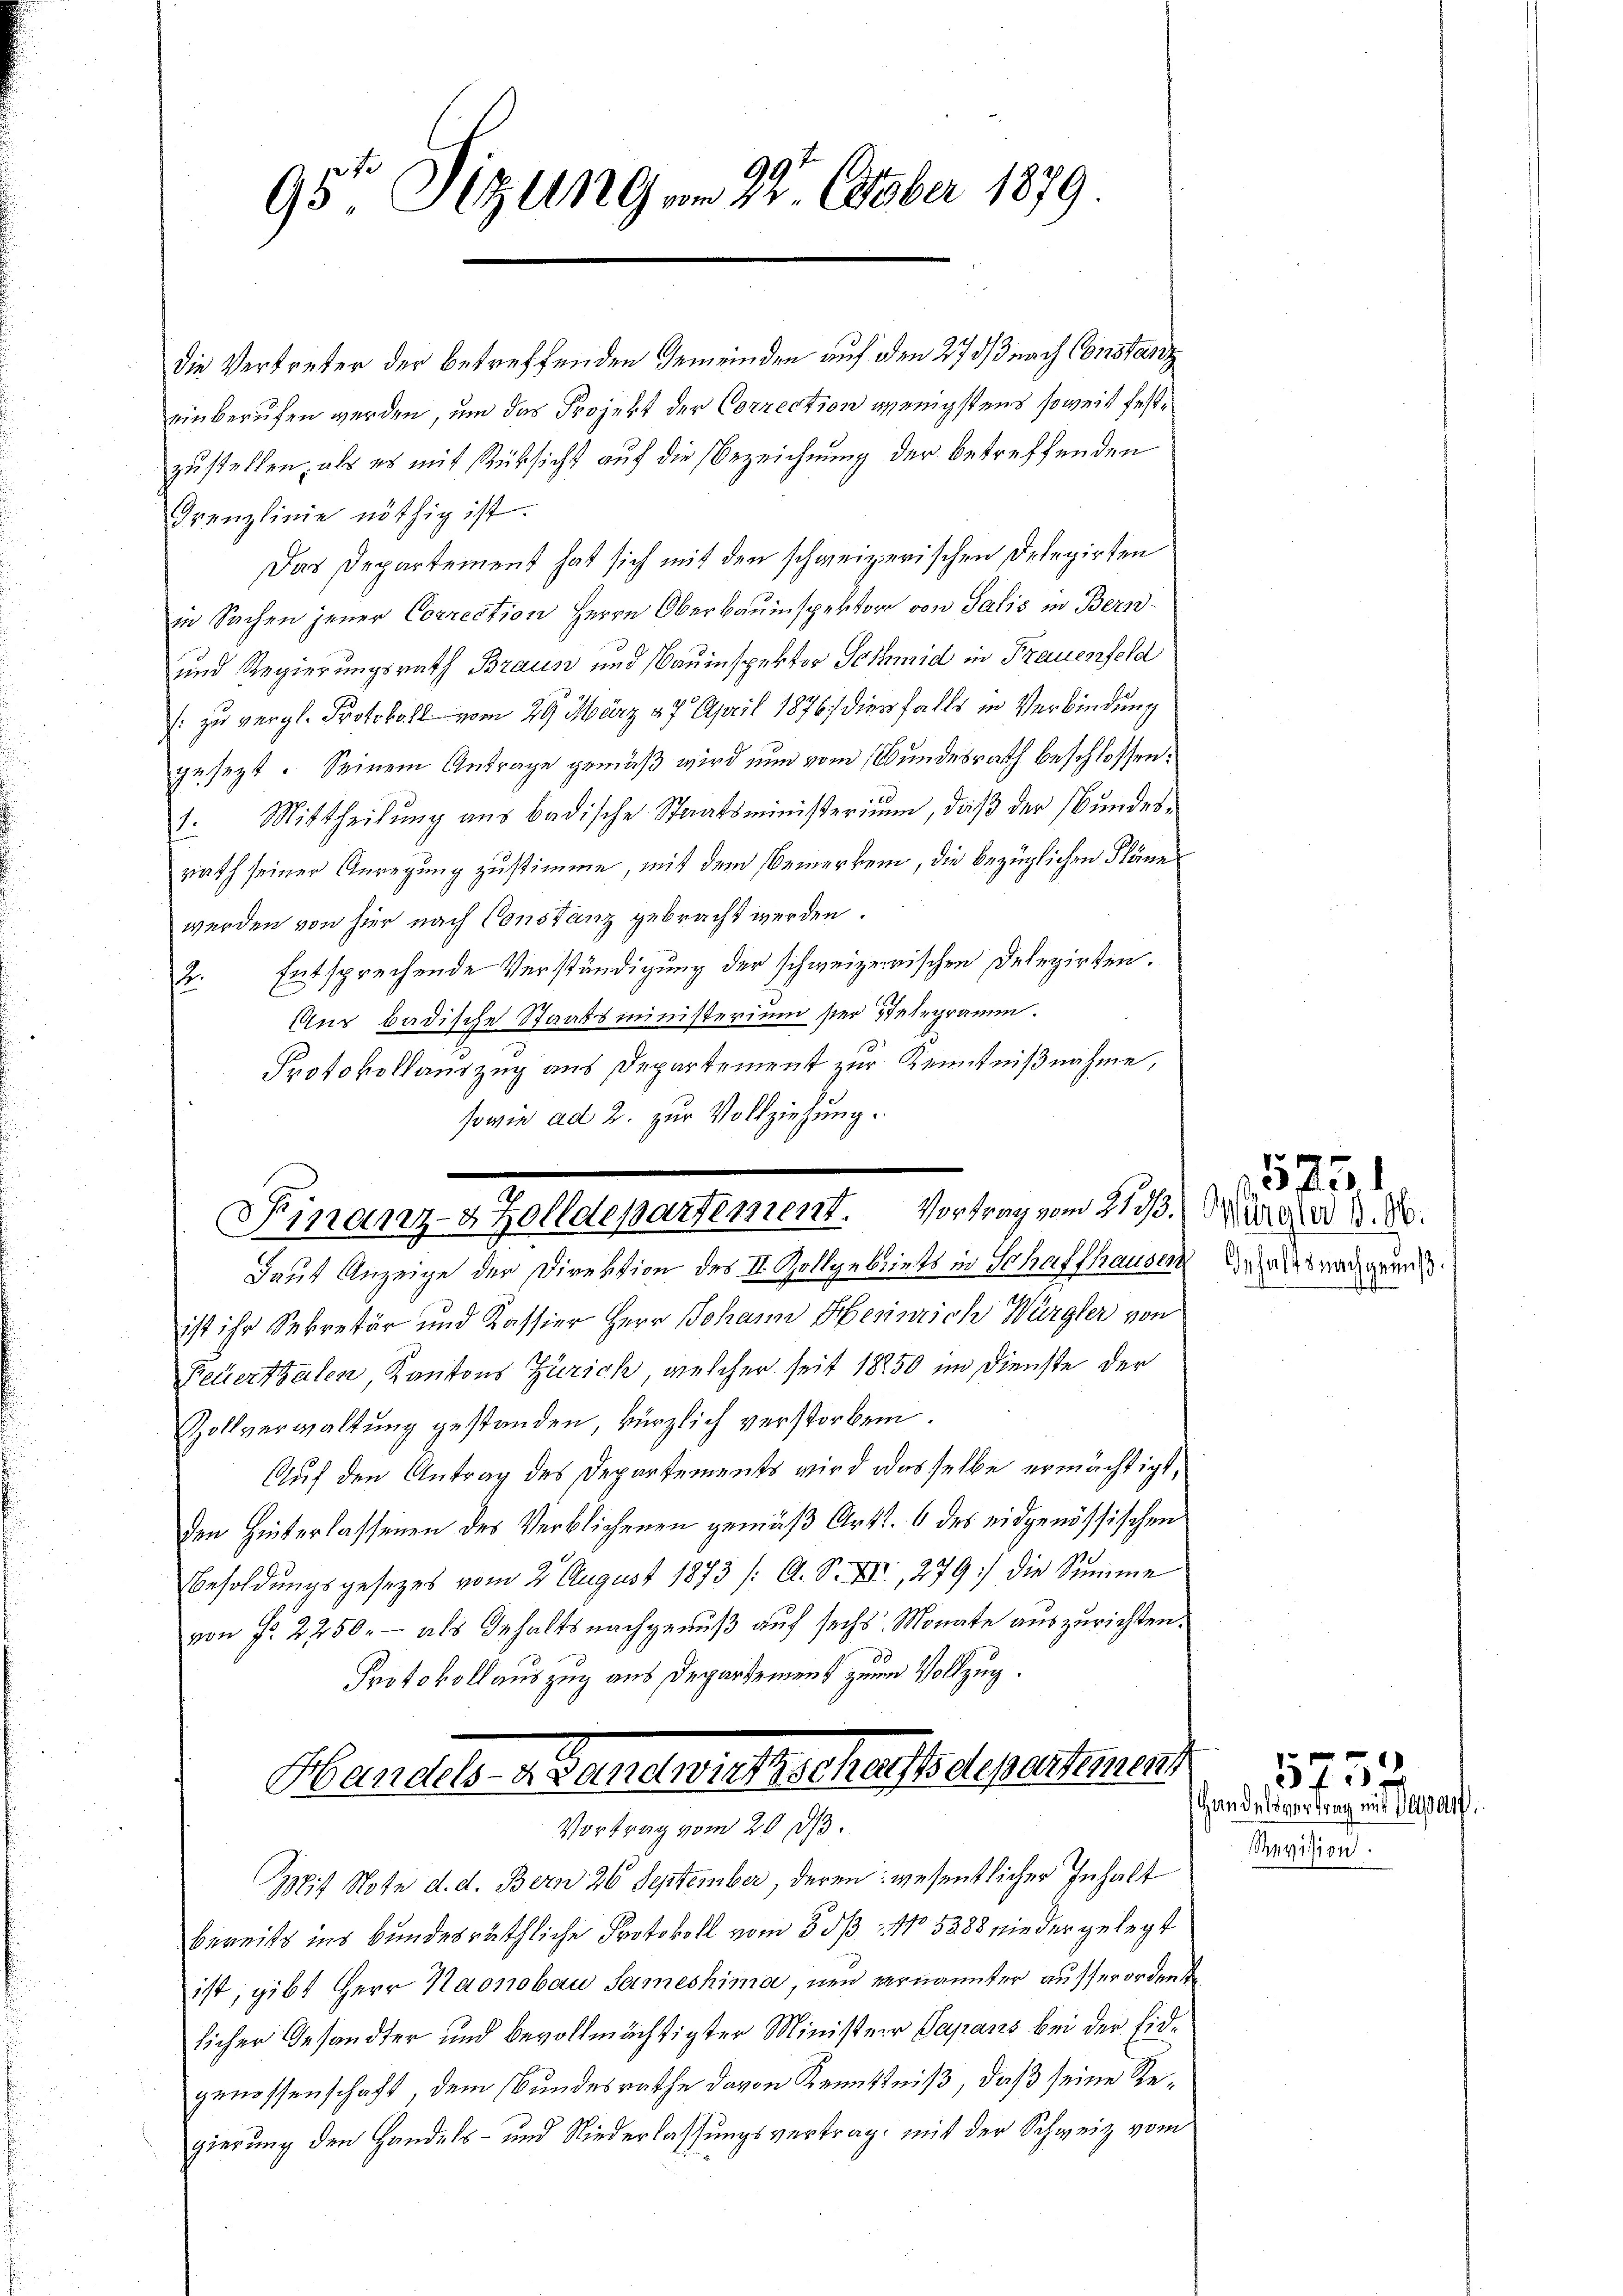
.
95te Sitzung am 22. October 1879

die Vertreter der betreffenden Gemeinden auf den 27 3/3 nach Constanz
einberufen werden, um das Projekt der Correction wenigstens soweit festzustellen, als es mit Rücksicht auf die Bezeichnung der betreffenden
Grenzlinie nöthig ist.
Das Departement hat sich mit den schweizerischen Delegirten
in Sachen jener Correction Herrn Oberbauinspektor von Salis in Bern¬
und Regierungsrath Braun und Bauinspektor Schmid in Frauenfeld
[zu vergl. Protokoll vom 29. März 27 April 1876 diesfalls in Verbindung
gesezt. Seinem Antrage gemäß wird nun vom Bundesrath beschlossen:
1. Mittheilung aus badische Staatsministerium, daß der Bundesrath seiner Anregung zustimme, mit dem Bemerken, die bezüglichen Pläne
werden von hier nach Constanz gebracht werden.
2. Entsprechende Verständigung der schweizerischen Delegirten.
Aus badische Staatsministerium ser Telegramm.
Protokollauszug aus Departement zur Kenntnißnahme,
Daut Anzeige der Direktion des II. Zollgebiets in Schaffhauser
ist ihr Sekretär und Kassier Herr Johann Heinrich Würgler von
Feuerthalen, Kantons Zürich, welcher seit 18250 im Dienste der
Zollverwaltung gestanden, kürzlich verstorben.
Auf den Antrag des Departements wird odesselbe ermächtigt,
den Hinterlassenen des Verblichenen gemäß Art. 6 des eidgenössischen
Besoldungsgesetzes vom 2. August 1873 /: A. S. XII., 279) die Summe
von Fr. 2250. - als Gehaltsnachgenuß auf sechs Monate auszurichten.
Protokollauszug aus Departement zum Vollzug.
Ganell v. Kamereitsscheits departement
Vortrag vom 20. 313.
Mit Note d. d. Bern 26 September, deren: wesentlicher Inhalt
bereits ins Bundesräthliche Protokoll vom 3. ds No 5388 nie der gelegt
ist, gibt Herr Kaonobau Sameshima, neu ernannter ausserorden de
licher Gesandter und bevollmächtigter Ministerr Papans bei der Eidgenossenschaft, dem Bundesrathe davon Kenntniß, daß seine Regierung den Handels- und Niederlassungsvertrag mit der Schweiz vom

sowie ad 2. zur Vollziehung.
Finanz-8 Zolldepartement. Vortrag vom 213. März d. d.

Inhalts nachgenuß.

523.1

Handelsvertrag mit Papa
Revision.

5754